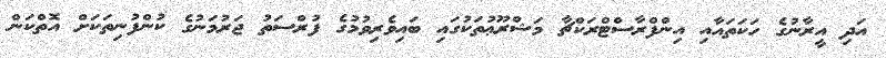
އަދި އީރާނުގެ ހަކަތައާއި އިންފްރާސްޓްރަކްޗާ މަޝްރޫޢުތަކުގައި ބައިވެރިވުމުގެ ފުރްސަތު ޖަރުމަނުގެ ކުންފުނިތަކަށް އޮތްކަން